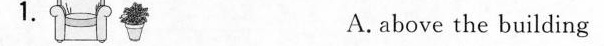
1.A. above the building